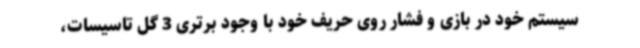
سیستم خود در بازی و فشار روی حریف خود با وجود برتری 3 گل تاسیسات،